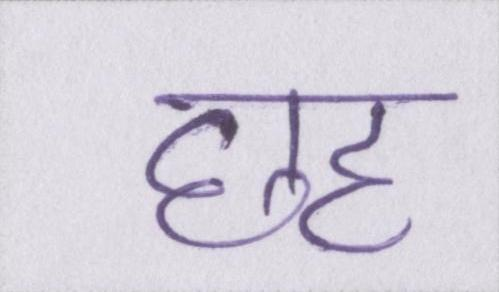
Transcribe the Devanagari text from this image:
छह